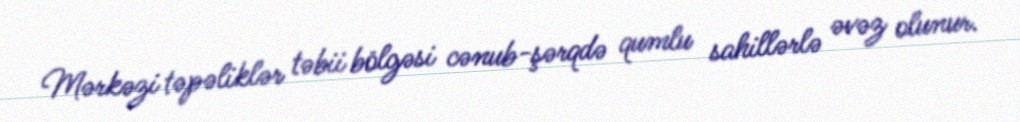
Mərkəzi təpəliklər təbii bölgəsi cənub-şərqdə qumlu sahillərlə əvəz olunur.